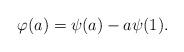
LaTeX: \begin{align*}\varphi(a)=\psi(a)-a\psi(1).\end{align*}